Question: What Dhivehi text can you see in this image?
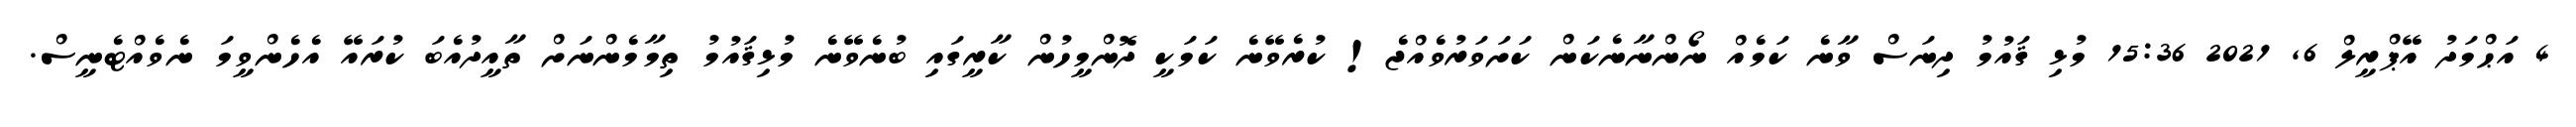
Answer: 4 އަޙްމަދު އޭޕްރީލް 6, 2021 15:36 މުޅި ޤައުމު ދިނަސް ވާނެ ކަމެއް ނޯންނާނެކަން ކަށަވަރުވެއްޖެ! ކުރެވޭނެ ކަމަކީ ދޮންމީހުން ކާރީގައި ބުނެވޭނެ މުޅިޤައުމު ތިމާމެންނަށް ތާއީދުއެބަ ކުރައޭ އެހެންވީމަ ނެވެއްޓެނީސް.